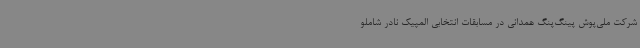
شرکت ملی‌پوش پینگ‌پنگ همدانی در مسابقات انتخابی المپیک نادر شاملو